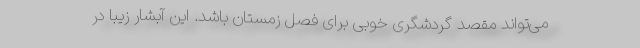
می‌تواند مقصد گردشگری خوبی برای فصل زمستان باشد. این آبشار زیبا در